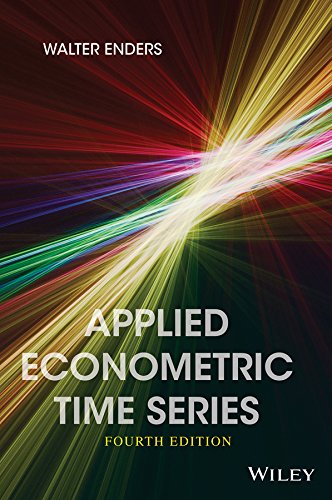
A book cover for Applied Econometric Time Series (Wiley Series in Probability and Statistics); Walter Enders; Business & Money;